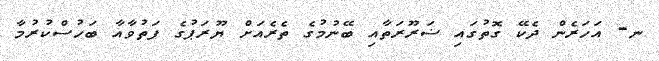
ނ- އަހަރެން ދެކޭ ގޮތުގައި ޟަރޫރަތާއި ބޭނުމުގެ ތެރެއަށް ޔޫރަޕުގެ ފަތުވާއާ ބަހުސްކުރުމާ